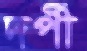
দর্পী